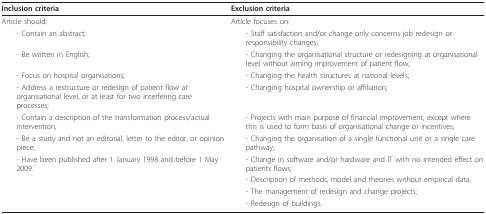
| Inclusion criteria | Exclusion criteria |
 | --- | --- |
 | Article should: | Article focuses on: |
 | - Contain an abstract; | - Staff satisfaction and/or change only concerns job redesign or responsibility changes; |
 | - Be written in English; | - Changing the organisational structure or redesigning at organisational level without aiming improvement of patient flow; |
 | - Focus on hospital organisations; | - Changing the health structures at national levels; |
 | - Address a restructure or redesign of patient flow at organisational level, or at least for two interfering care processes; | - Changing hospital ownership or affiliation; |
 | - Contain a description of the transformation process/actual intervention; | - Projects with main purpose of financial improvement, except where this is used to form basis of organisational change or incentives; |
 | - Be a study and not an editorial, letter to the editor, or opinion piece; | - Changing the organisation of a single functional unit or a single care pathway; |
 | - Have been published after 1 January 1998 and before 1 May 2009. | - Change in software and/or hardware and IT with no intended effect on patients flows; |
 |  | - Description of methods, model and theories without empirical data; |
 |  | - The management of redesign and change projects; |
 |  | - Redesign of buildings. |